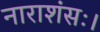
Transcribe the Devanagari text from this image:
नाराशंसः।